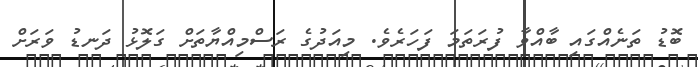
ބޮޑު ތަނެއްގައި ބާއްވާ ފުރަތަމަ ފަހަރެވެ. މިއަދުގެ ރަސްމިއްޔާތަށް ގަލޮޅު ދަނޑު ވަރަށް